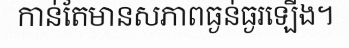
កាន់តែមានសភាពធ្ងន់ធ្ងរឡើង។